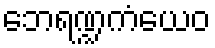
ဘေရဏ္ဍကံယေဝ